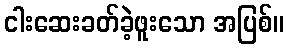
ငါးဆေးခတ်ခဲ့ဖူးသော အပြစ်။